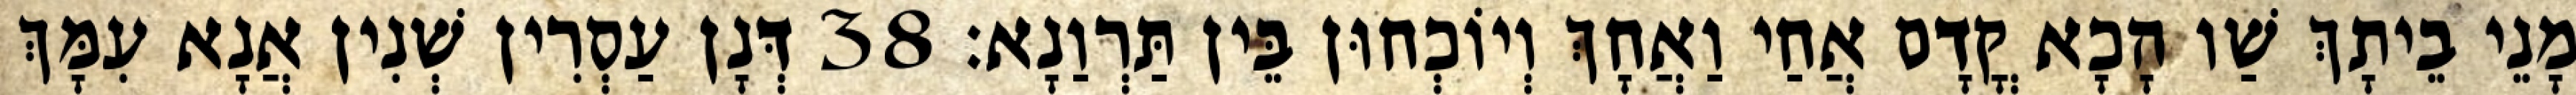
מָנֵי בֵיתָךְ שַׁו הָכָא קֳדָם אֲחַי וַאֲחָךְ וְיוֹכְחוּן בֵּין תַּרְוַנָא׃ 38 דְּנָן עַסְרִין שְׁנִין אֲנָא עִמָּךְ